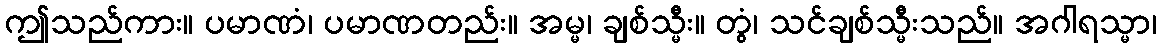
ဤသည်ကား။ ပမာဏံ၊ ပမာဏတည်း။ အမ္မ၊ ချစ်သ္မီး။ တွံ၊ သင်ချစ်သ္မီးသည်။ အဂါရသ္မာ၊